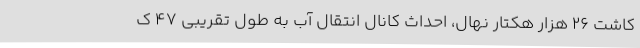
کاشت 26 هزار هکتار نهال، احداث کانال انتقال آب به طول تقریبی 47 ک